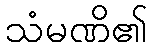
သံမဏိ၏